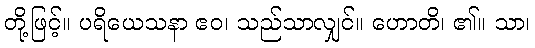
တို့ဖြင့်။ ပရိယေသနာ ဧဝ၊ သည်သာလျှင်။ ဟောတိ၊ ၏။ သာ၊